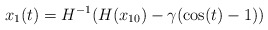
\begin{align*}x_1(t) = H^{-1}(H(x_{10}) -\gamma (\cos(t)-1) )\end{align*}